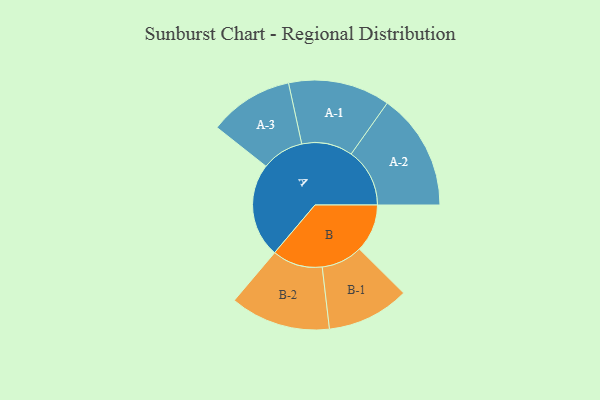
{"axis": {"x": "Segment", "y": "Value"}, "legend": ["", "A", "B"], "data": [{"x": "A", "y": 409, "type": ""}, {"x": "B", "y": 208, "type": ""}, {"x": "A-1", "y": 221, "type": "A"}, {"x": "A-2", "y": 254, "type": "A"}, {"x": "A-3", "y": 183, "type": "A"}, {"x": "B-1", "y": 179, "type": "B"}, {"x": "B-2", "y": 218, "type": "B"}]}